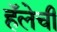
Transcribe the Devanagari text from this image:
हॅलेची